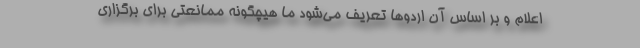
اعلام و بر اساس آن اردوها تعریف می‌شود ما هیچگونه ممانعتی برای برگزاری